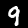
Digit: 9